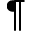
\P